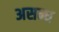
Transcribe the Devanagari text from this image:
असन्ध